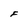
Character: F